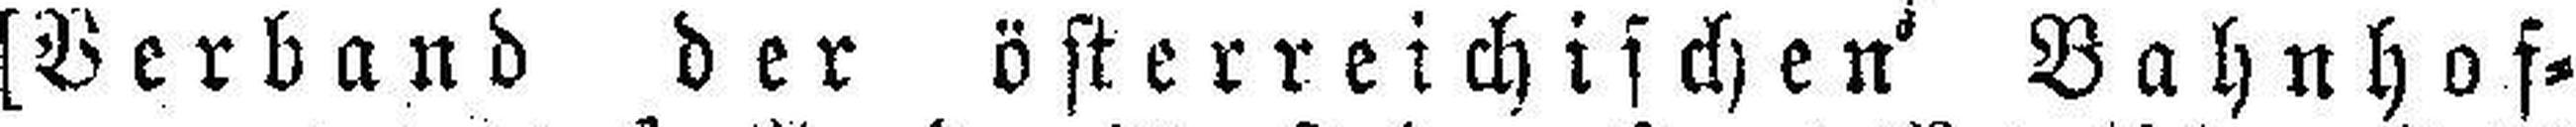
[Verband der österreichischen' Bahnhof¬